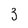
Character: 3